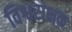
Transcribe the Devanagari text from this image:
विश्वराक्षक